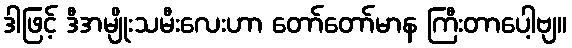
ဒါဖြင့် ဒီအမျိုးသမီးလေးဟာ တော်တော်မာန ကြီးတာပေါ့ဗျ။